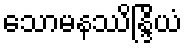
သောမနဿိန္ဒြိယံ